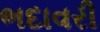
ભદાવરી